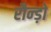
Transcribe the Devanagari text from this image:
रौन्ड़ो